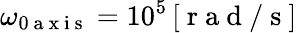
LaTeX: \omega_{0\mathrm{~a~x~i~s~}}=10^{5}\, [\mathrm{~r~a~d~}/\mathrm{~s~}]